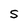
Character: S